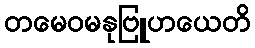
တမေဝမနုဗြူဟယေတိ